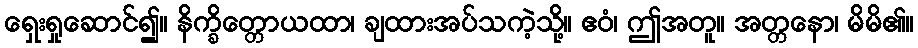
ရှေးရှုဆောင်၍။ နိက္ခိတ္တောယထာ၊ ချထားအပ်သကဲ့သို့။ ဧဝံ၊ ဤအတူ။ အတ္တနော၊ မိမိ၏။